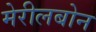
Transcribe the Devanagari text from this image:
मेरीलबोन